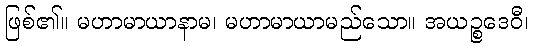
ဖြစ်၏။ မဟာမာယာနာမ၊ မဟာမာယာမည်သော။ အယဉ္စဒေဝီ၊